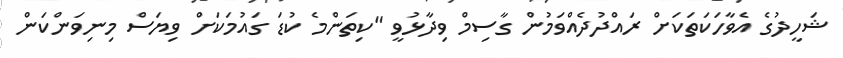
ޝަހީދުގެ އެވާހަކަތަކަށް ރައްދުދެއްވަމުން ގާސިމް ވިދާޅުވީ "ކިތަންމެ ކުޑަ ގައުމަކަށް ވިޔަސް މިނިވަންކަން